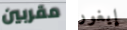
مقربين إيغور